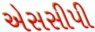
એસસીપી